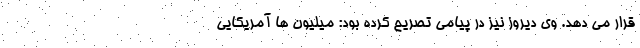
قرار می دهد. وی دیروز نیز در پیامی تصریح کرده بود: میلیون ها آمریکایی